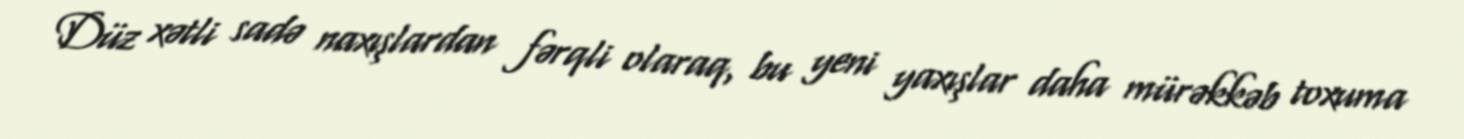
Düz xətli sadə naxışlardan fərqli olaraq, bu yeni yaxışlar daha mürəkkəb toxuma